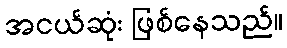
အငယ်ဆုံး ဖြစ်နေသည်။